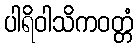
ပါရိဝါသိကဝတ္တံ